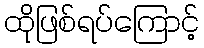
ထိုဖြစ်ရပ်ကြောင့်